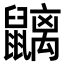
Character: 𪖂